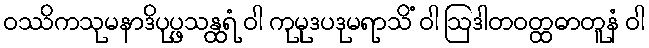
ဝဿိကသုမနာဒိပုပ္ဖသန္ထရံ ဝါ ကုမုဒပဒုမရာသိံ ဝါ ဩဒါတဝတ္ထဓာတူနံ ဝါ